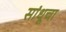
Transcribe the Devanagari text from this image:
सांधूचा